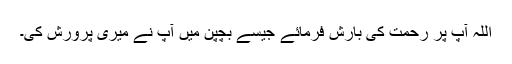
اللہ آپ پر رحمت کی بارش فرمائے جیسے بچپن میں آپ نے میری پرورش کی۔